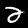
Digit: 2